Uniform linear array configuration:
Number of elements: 32
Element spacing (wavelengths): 0.5
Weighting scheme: hamming
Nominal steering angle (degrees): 45
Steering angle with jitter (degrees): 45.231
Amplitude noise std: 0.05
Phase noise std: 0.05

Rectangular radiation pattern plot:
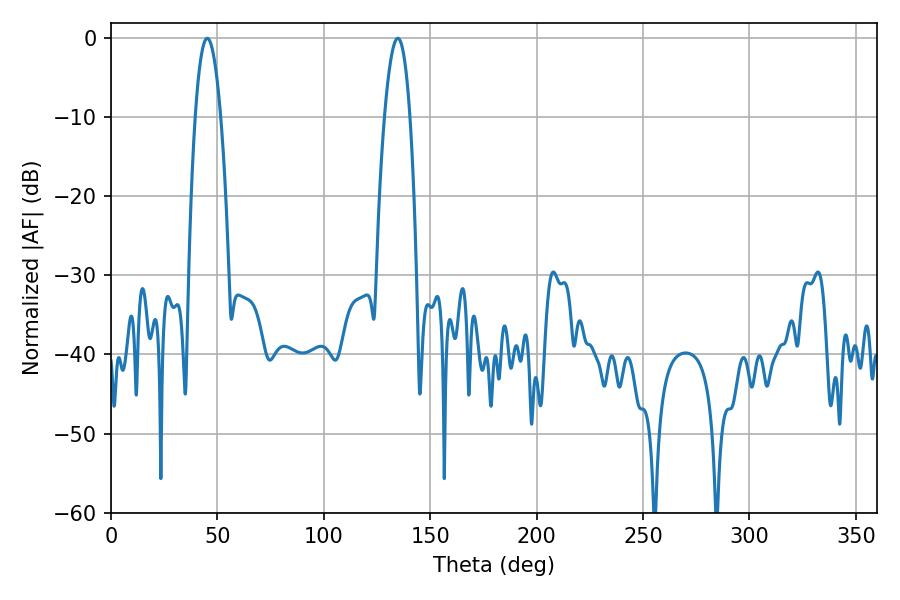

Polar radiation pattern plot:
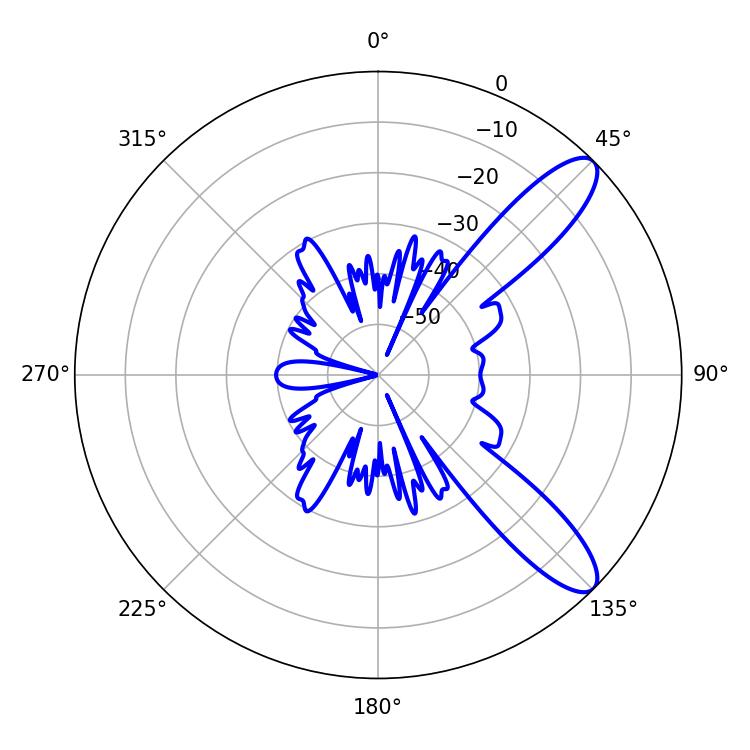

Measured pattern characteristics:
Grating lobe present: FALSE
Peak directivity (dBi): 10.539
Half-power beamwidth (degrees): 6.48
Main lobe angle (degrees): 45.18